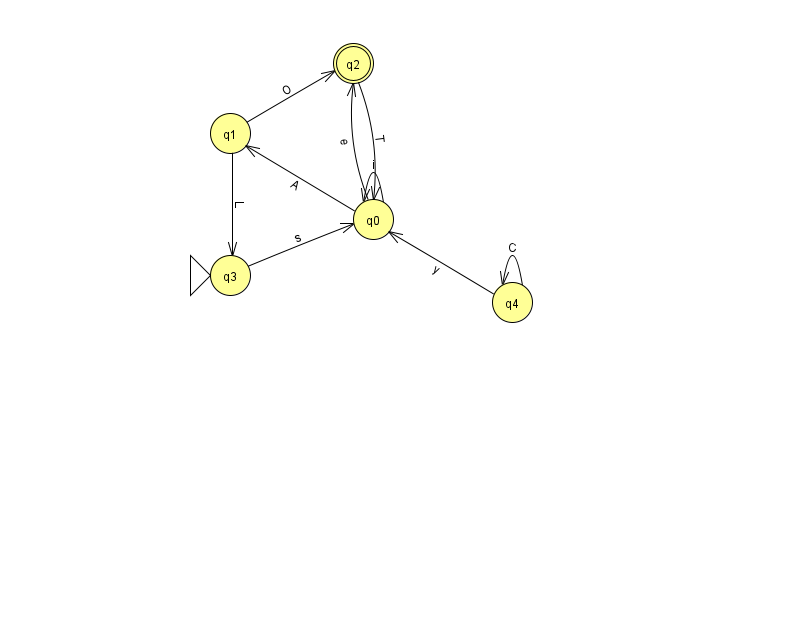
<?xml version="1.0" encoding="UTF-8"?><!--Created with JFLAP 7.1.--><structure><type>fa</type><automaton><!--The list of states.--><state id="0" name="q0"><x>373.0</x><y>206.0</y></state><state id="1" name="q1"><x>230.0</x><y>120.0</y></state><state id="2" name="q2"><x>353.0</x><y>50.0</y><final/></state><state id="3" name="q3"><x>230.0</x><y>262.0</y><initial/></state><state id="4" name="q4"><x>512.0</x><y>289.0</y></state><!--The list of transitions.--><transition><from>0</from><to>1</to><read>A</read></transition><transition><from>4</from><to>4</to><read>C</read></transition><transition><from>1</from><to>2</to><read>O</read></transition><transition><from>1</from><to>3</to><read>L</read></transition><transition><from>0</from><to>0</to><read>i</read></transition><transition><from>4</from><to>0</to><read>y</read></transition><transition><from>3</from><to>0</to><read>s</read></transition><transition><from>2</from><to>0</to><read>T</read></transition><transition><from>0</from><to>2</to><read>e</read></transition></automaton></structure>